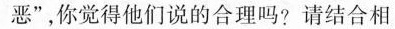
恶”，你觉得他们说的合理吗？请结合相